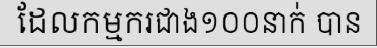
ដែលកម្មករជាង១០០នាក់ បាន